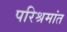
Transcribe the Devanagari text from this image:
परिश्रमांत